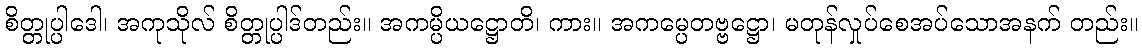
စိတ္တုပ္ပါဒေါ၊ အကုသိုလ် စိတ္တုပ္ပါဒ်တည်း။ အကမ္ပိယဋ္ဌောတိ၊ ကား။ အကမ္ပေတဗ္ဗဋ္ဌော၊ မတုန်လှုပ်စေအပ်သောအနက် တည်း။